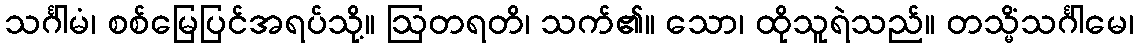
သင်္ဂါမံ၊ စစ်မြေပြင်အရပ်သို့။ ဩတရတိ၊ သက်၏။ သော၊ ထိုသူရဲသည်။ တသ္မိံသင်္ဂါမေ၊